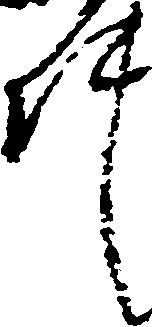
件